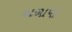
બળાપો